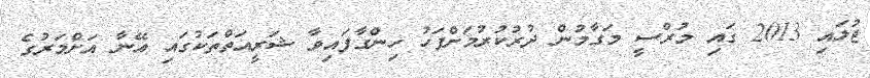
ޖުލައި 2013 ގައި މުރްސީ މަގާމުން ދުރުކުރުމަށްފަހު ހިންގާފައިވާ ޝަރީއަތްތަކުގައި އޭނާ އަށްމަރުގެ